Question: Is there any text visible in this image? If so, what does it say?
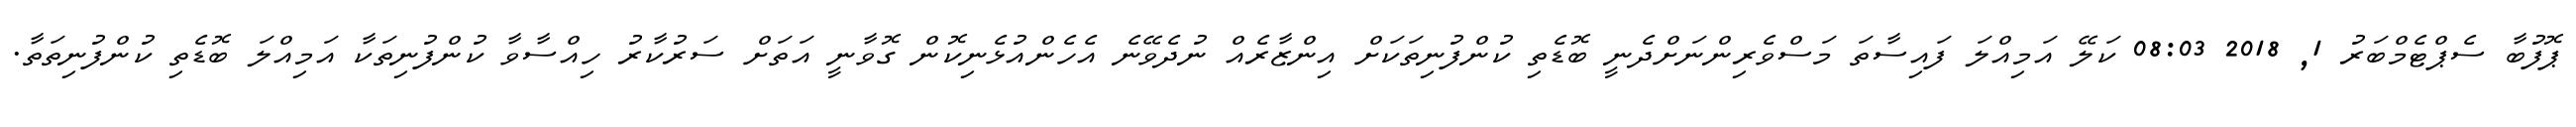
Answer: ޕޮފުބާ ސެޕްޓެމްބަރު 1, 2018 08:03 ކަލޭ އަމިއްލަ ފައިސާތަ މަސްވެރިންނަށްދެނީ ބޮޑެތި ކުންފުނިތަކަށް އިންޒާރެއް ނުދެވޭނެ އެހެންއުޅެނިކޮން ގޮވާނީ އަތަށް ސަރުކާރު ހިއްސާވާ ކުންފުނިތަކާ އަމިއްލަ ބޮޑެތި ކުންފުނިތަތާ.